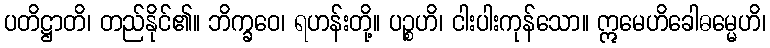
ပတိဋ္ဌာတိ၊ တည်နိုင်၏။ ဘိက္ခဝေ၊ ရဟန်းတို့။ ပဉ္စဟိ၊ ငါးပါးကုန်သော။ ဣမေဟိခေါဓမ္မေဟိ၊